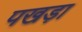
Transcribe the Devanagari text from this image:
पखड़ा